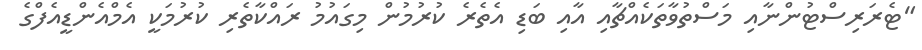
"ޓެރަރިސްޓުންނާއި މަސްތުވާތަކެއްޗާއި އާއި ބަޑި އެތެރެ ކުރުމުން މިގައުމު ރައްކާތެރި ކުރުމަކީ އެމްއެންޑީއެފްގެ